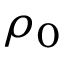
\rho _ { 0 }